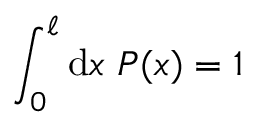
\int _ { 0 } ^ { \ell } \mathrm { d } x ~ P ( x ) = 1